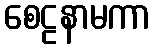
စေဠနာမကာ